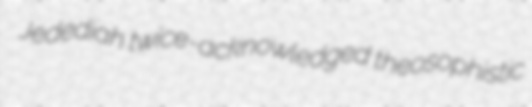
Jedediah twice-acknowledged theosophistic